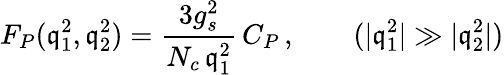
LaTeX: F_{P}(\mathfrak{q}_{1}^{2},\mathfrak{q}_{2}^{2})=\frac{{3g_{s}^{2}}}{{N_{c}\, \mathfrak{q}_{1}^{2}}}\, C_{P}\, ,\qquad(|\mathfrak{q}_{1}^{2}|\gg|\mathfrak{q}_{2}^{2}|)